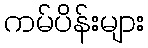
ကမ်ပိန်းများ